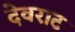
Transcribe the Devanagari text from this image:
देवराट